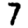
Digit: 7